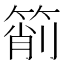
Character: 箾